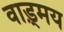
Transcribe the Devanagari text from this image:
वाड़्मय